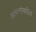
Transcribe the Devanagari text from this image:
आसनांमधील